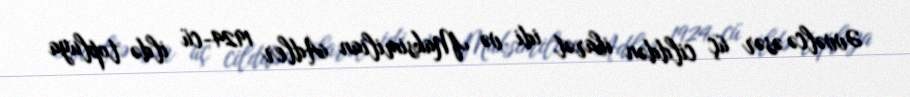
Əvvəlcə əsər üç cilddən ibarət idi və Maksimilian Adler 1924-cü ildə topluya